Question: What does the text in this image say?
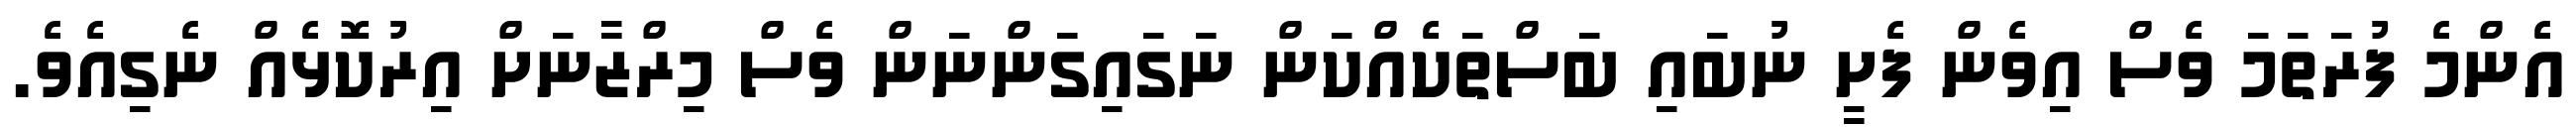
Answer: އެންމެ ފުރަތަމަ ވެސް އިވެން ފެށީ ނުބައި ބަސްތަކެއްކަން ނަގައިގަންނަން ވެސް މިރްޒާނަށް އިރުކޮޅެއް ނެގިއެވެ.